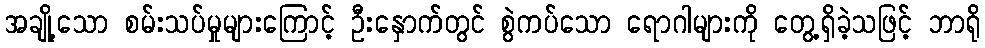
အချို့သော စမ်းသပ်မှုများကြောင့် ဦးနှောက်တွင် စွဲကပ်သော ရောဂါများကို တွေ့ရှိခဲ့သဖြင့် ဘာရို